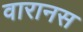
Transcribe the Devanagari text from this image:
वारानस